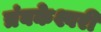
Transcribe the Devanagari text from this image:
त्रंबकेश्वरी